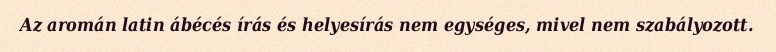
Az aromán latin ábécés írás és helyesírás nem egységes, mivel nem szabályozott.